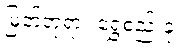
မြတ်ဘုရား ရွှေစည်းခုံ။